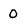
Character: 0